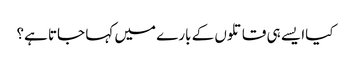
کیاا یسے ہی قاتلوں کے بارے میں کہا جاتا ہے؟